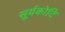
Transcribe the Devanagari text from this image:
सूर्यकोटि